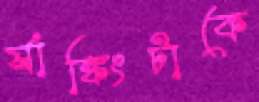
র‍্যাঙ্কিংটাকে